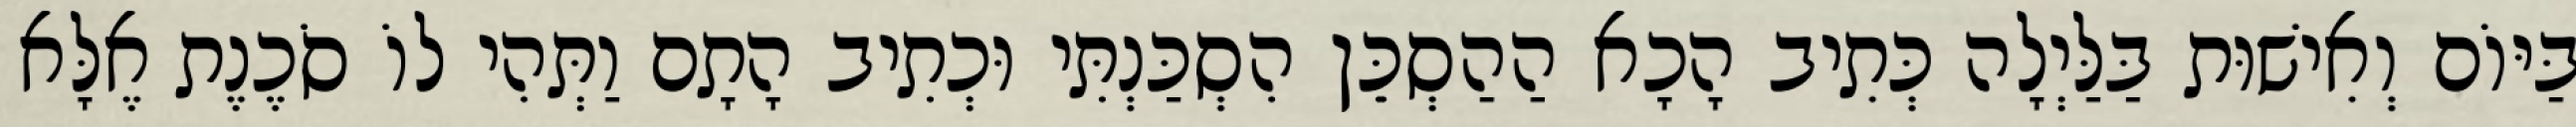
בַּיּוֹם וְאִישׁוּת בַּלַּיְלָה כְּתִיב הָכָא הַהַסְכֵּן הִסְכַּנְתִּי וּכְתִיב הָתָם וַתְּהִי לוֹ סֹכֶנֶת אֶלָּא